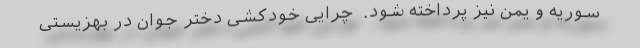
سوریه و یمن نیز پرداخته شود. ‌ چراییِ خودکشی دختر جوان در بهزیستی